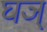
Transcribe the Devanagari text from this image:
घञ्‌